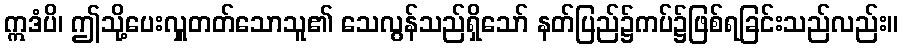
ဣဒံပိ၊ ဤသို့ပေးလှူတတ်သောသူ၏ သေလွန်သည်ရှိသော် နတ်ပြည်၌ကပ်၌ဖြစ်ရခြင်းသည်လည်း။